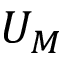
U _ { M }